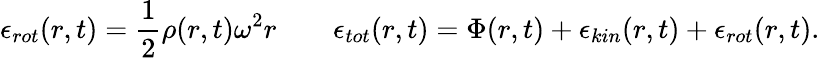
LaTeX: \epsilon_{rot}(r,t)=\frac{1}{2}\rho(r,t)\omega^{2}r\quad\quad\epsilon_{tot}(r,t)=\Phi(r,t)+\epsilon_{kin}(r,t)+\epsilon_{rot}(r,t).